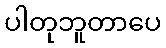
ပါတုဘူတာပေ